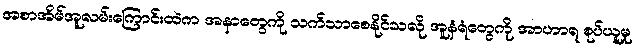
အစာအိမ်အူလမ်းကြောင်းထဲက အနာတွေကို သက်သာစေနိုင်သလို အူနံရံတွေကို အာဟာရ စုပ်ယူမှု